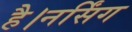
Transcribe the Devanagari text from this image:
है।नर्सिंग